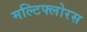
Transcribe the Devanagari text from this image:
मल्टिफ्लोरस